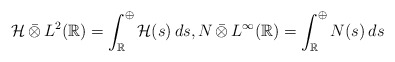
\begin{align*}\mathcal{H}\,\bar{\otimes}\,L^2(\mathbb{R}) = \int_\mathbb{R}^\oplus \mathcal{H}(s)\,ds, N\,\bar{\otimes}\,L^\infty(\mathbb{R}) = \int_\mathbb{R}^\oplus N(s)\,ds \end{align*}